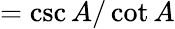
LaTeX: ={\csc A/\cot A}